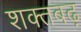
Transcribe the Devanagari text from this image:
शक्तबढ़